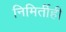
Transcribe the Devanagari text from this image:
निमिर्तीही